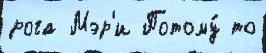
рога Мэр'и Потому́ то